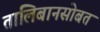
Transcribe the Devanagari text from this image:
तालिबानसोबत